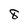
Character: 8